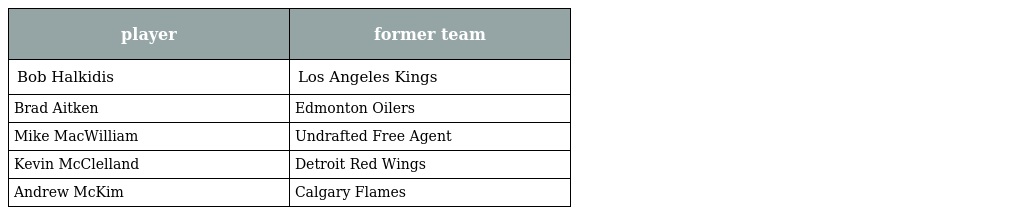
| player | former team |
 | --- | --- |
 | Bob Halkidis | Los Angeles Kings |
 | Brad Aitken | Edmonton Oilers |
 | Mike MacWilliam | Undrafted Free Agent |
 | Kevin McClelland | Detroit Red Wings |
 | Andrew McKim | Calgary Flames |